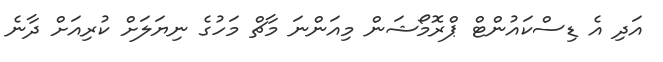
އަދި އެ ޑިސްކައުންޓް ޕްރޮމޯޝަން މިއަންނަ މާޗް މަހުގެ ނިޔަލަށް ކުރިއަށް ދާނެ